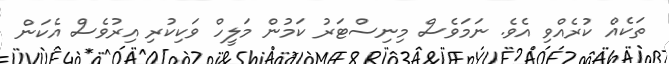
ތަކެއް ކުރެއްވި އެވެ. ނަމަވެސް މިނިސްޓަރު ކަމުން މަލީހް ވަކިކުރި އިރުވެސް އެކަން